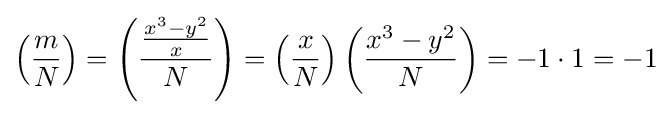
\left({\frac {m}{N}}\right)=\left({\frac {\frac {x^{3}-y^{2}}{x}}{N}}\right)=\left({\frac {x}{N}}\right)\left({\frac {x^{3}-y^{2}}{N}}\right)=-1\cdot 1=-1